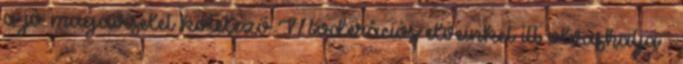
a jó magaviselet kötelező Moderációs elveinket itt olvashatja .